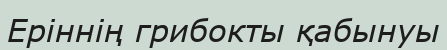
Еріннің грибокты қабынуы